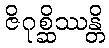
ဇိဂုစ္ဆိဿန္တိ